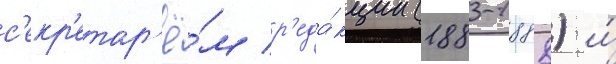
с'екр'етар'ё́м р'еда́кции (1883-1888) и́